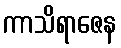
ကာသိရာဇေန